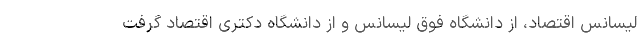
لیسانس اقتصاد، از دانشگاه فوق لیسانس و از دانشگاه دکتری اقتصاد گرفت